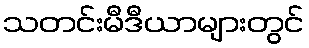
သတင်းမီဒီယာများတွင်